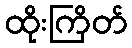
ထိုးကြိတ်